Document type: Sale
Year: 1355
Scribe: Pere Borrell
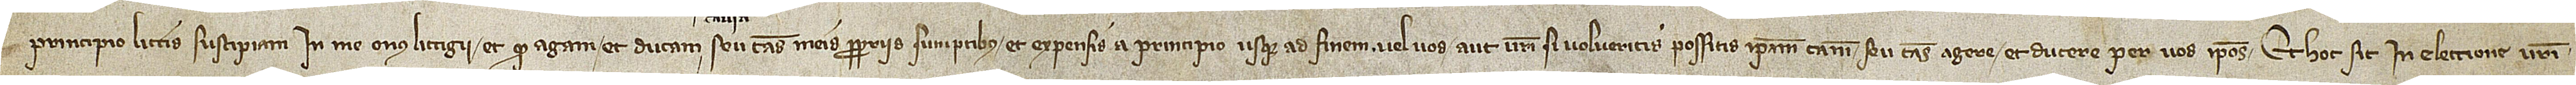
principio littis suscipiam in me onus litigii; et quod agam et ducam seu causas propriis sumptibus et expensis a principio usque ad finem vel vos aut vestri si volueritis possitis ipsam causam seu causas agere et ducere per vos ipsos; et hoc sit in electione vestri